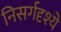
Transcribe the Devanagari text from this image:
निसर्गदृश्ये